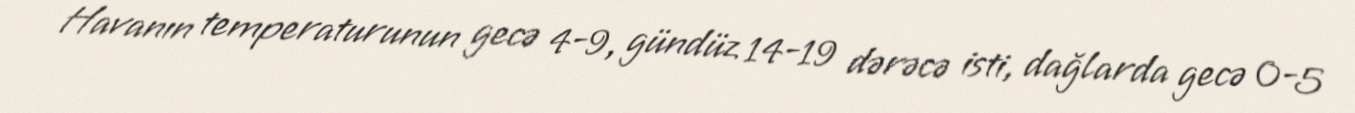
Havanın temperaturunun gecə 4-9, gündüz 14-19 dərəcə isti, dağlarda gecə 0-5